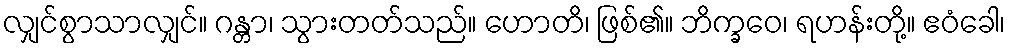
လျှင်စွာသာလျှင်။ ဂန္တာ၊ သွားတတ်သည်။ ဟောတိ၊ ဖြစ်၏။ ဘိက္ခဝေ၊ ရဟန်းတို့။ ဧဝံခေါ၊